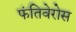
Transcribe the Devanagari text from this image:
फंतिवेरोस